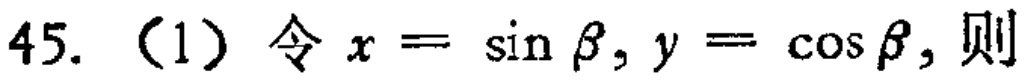
45.（1）令\(x = \sin\beta,y = \cos\beta\)，则